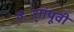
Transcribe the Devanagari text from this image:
वर्ाांपूवी